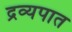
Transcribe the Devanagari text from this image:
द्रव्यपात